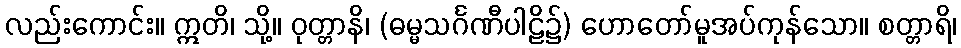
လည်းကောင်း။ ဣတိ၊ သို့။ ဝုတ္တာနိ၊ (ဓမ္မသင်္ဂဏီပါဠိ၌) ဟောတော်မူအပ်ကုန်သော။ စတ္တာရိ၊